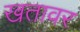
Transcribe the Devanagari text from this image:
खतावर